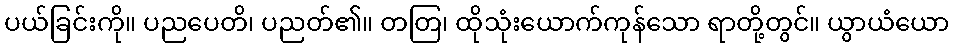
ပယ်ခြင်းကို။ ပညပေတိ၊ ပညတ်၏။ တတြ၊ ထိုသုံးယောက်ကုန်သော ရာတို့တွင်။ ယွာယံယော